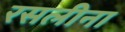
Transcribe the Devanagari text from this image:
रसलीना